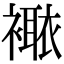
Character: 𧝯